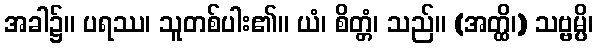
အခါ၌။ ပရဿ၊ သူတစ်ပါး၏။ ယံ၊ စိတ္တံ၊ သည်။ (အတ္ထိ၊) သဗ္ဗမ္ပိ၊